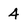
Character: 4